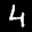
Label: 4